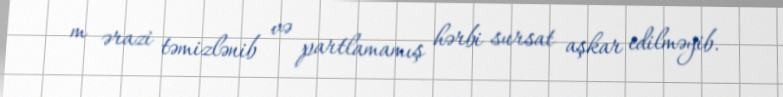
m ərazi təmizlənib və partlamamış hərbi sursat aşkar edilməyib.